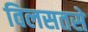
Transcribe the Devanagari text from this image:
विलसतसे